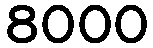
8000